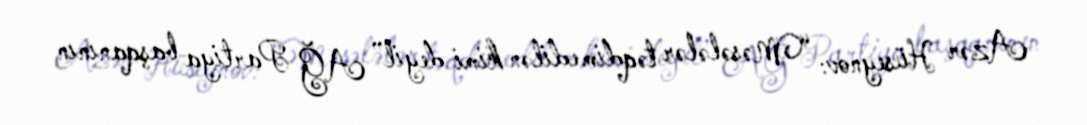
Azər Hüseynov: “Məsələlər təqdim edilən kimi deyil” AĞ Partiya başqanının